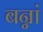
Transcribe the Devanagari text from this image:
बन्नां